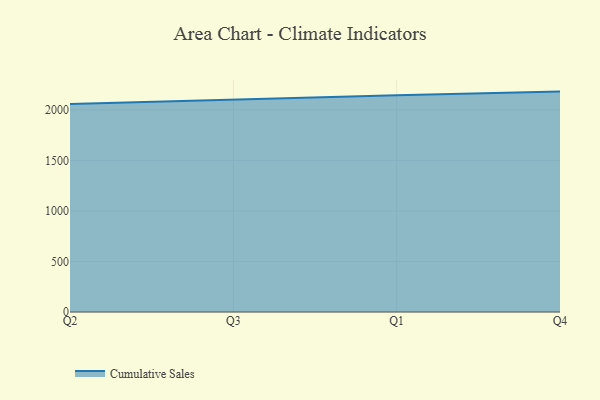
{"axis": {"x": "Quarter", "y": "Satisfaction Score"}, "legend": ["Cumulative Sales"], "data": [{"x": "Q2", "y": 2059.0, "type": "Cumulative Sales"}, {"x": "Q3", "y": 2102.0, "type": "Cumulative Sales"}, {"x": "Q1", "y": 2146.1, "type": "Cumulative Sales"}, {"x": "Q4", "y": 2181.0, "type": "Cumulative Sales"}]}